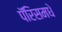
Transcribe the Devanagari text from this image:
पॅरिसमधे